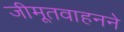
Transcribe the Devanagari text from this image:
जीमूतवाहनने